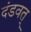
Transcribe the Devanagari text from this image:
दंडवत्‌